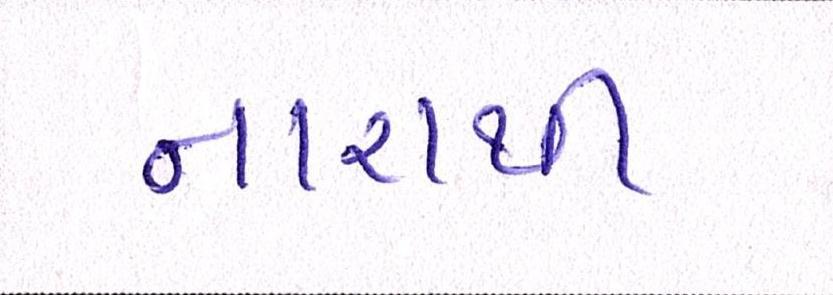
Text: નારાથી